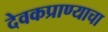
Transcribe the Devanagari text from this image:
देवकप्राण्याचा